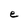
Character: e